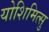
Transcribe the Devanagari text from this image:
योशिमित्सु